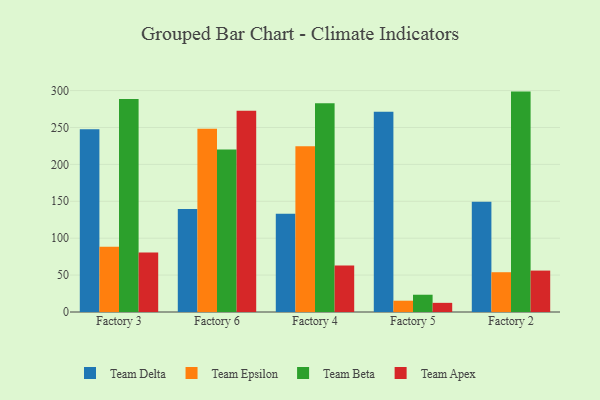
{"axis": {"x": "Factory", "y": "Temperature (°C)"}, "legend": ["Team Apex", "Team Beta", "Team Delta", "Team Epsilon"], "data": [{"x": "Factory 3", "y": 247.6, "type": "Team Delta"}, {"x": "Factory 3", "y": 88.3, "type": "Team Epsilon"}, {"x": "Factory 3", "y": 288.7, "type": "Team Beta"}, {"x": "Factory 3", "y": 80.7, "type": "Team Apex"}, {"x": "Factory 6", "y": 139.5, "type": "Team Delta"}, {"x": "Factory 6", "y": 248.4, "type": "Team Epsilon"}, {"x": "Factory 6", "y": 220.2, "type": "Team Beta"}, {"x": "Factory 6", "y": 272.5, "type": "Team Apex"}, {"x": "Factory 4", "y": 133.1, "type": "Team Delta"}, {"x": "Factory 4", "y": 224.7, "type": "Team Epsilon"}, {"x": "Factory 4", "y": 282.8, "type": "Team Beta"}, {"x": "Factory 4", "y": 63.1, "type": "Team Apex"}, {"x": "Factory 5", "y": 271.4, "type": "Team Delta"}, {"x": "Factory 5", "y": 15.3, "type": "Team Epsilon"}, {"x": "Factory 5", "y": 23.4, "type": "Team Beta"}, {"x": "Factory 5", "y": 12.4, "type": "Team Apex"}, {"x": "Factory 2", "y": 149.5, "type": "Team Delta"}, {"x": "Factory 2", "y": 53.9, "type": "Team Epsilon"}, {"x": "Factory 2", "y": 298.6, "type": "Team Beta"}, {"x": "Factory 2", "y": 56.1, "type": "Team Apex"}]}